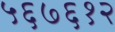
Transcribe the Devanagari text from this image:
५६७६१२